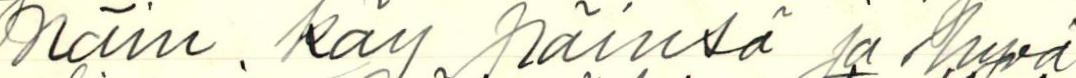
näin käy päinsä ja hyvä